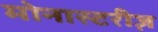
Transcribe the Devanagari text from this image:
मोनास्टरीज़